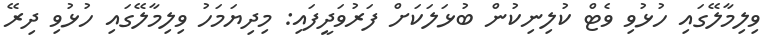
ވިލިމާލޭގައި ހުޅުވި ވެޓް ކުލިނިކުން ބުޅަލަކަށް ފަރުވަދީފައި: މިދިޔަމަހު ވިލިމާލޭގައި ހުޅުވި ދިރޭ